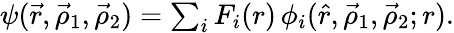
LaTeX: \begin{array}{r}{\psi(\vec{r},\vec{\rho}_{1},\vec{\rho}_{2})=\sum_{i}F_{i}(r)\, \phi_{i}(\hat{r},\vec{\rho}_{1},\vec{\rho}_{2};r).}\end{array}